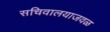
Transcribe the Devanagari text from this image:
सचिवालयाजवळ